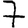
Digit: 7